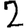
Digit: 2